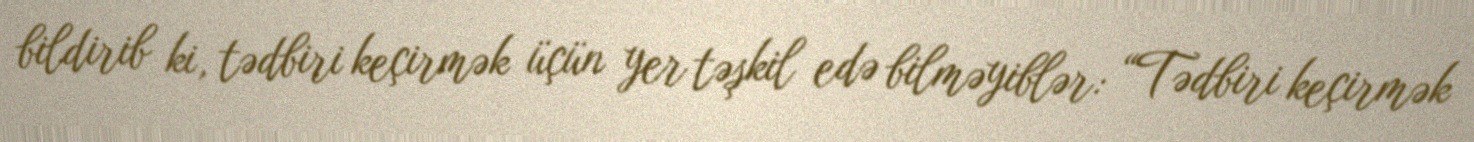
bildirib ki, tədbiri keçirmək üçün yer təşkil edə bilməyiblər: “Tədbiri keçirmək